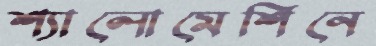
শ্যালোমেশিনে